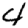
Digit: 4